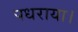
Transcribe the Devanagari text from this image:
पधराया।